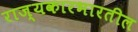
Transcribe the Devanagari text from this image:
राज्यकारभारतील